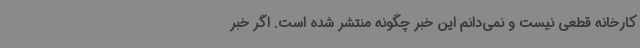
کارخانه قطعی نیست و نمی‌دانم این خبر چگونه منتشر شده است. اگر خبر